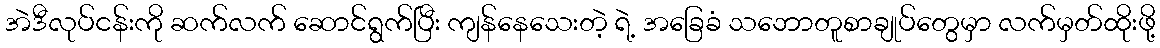
အဲဒီလုပ်ငန်းကို ဆက်လက် ဆောင်ရွက်ပြီး ကျန်နေသေးတဲ့ ရဲ့ အခြေခံ သဘောတူစာချုပ်တွေမှာ လက်မှတ်ထိုးဖို့